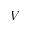
V